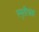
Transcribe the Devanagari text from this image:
स्मृतीभ्रंश